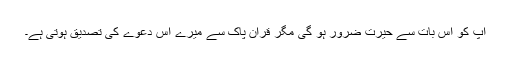
آپ کو اس بات سے حیرت ضرور ہو گی مگر قرآن پاک سے میرے اس دعوے کی تصدیق ہوتی ہے۔